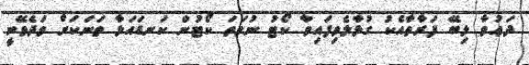
ދަޢުވާ ލިބޭ ފަރާތާއެކު ގުޅާލެވިފައިވާ ކޯޓު ނުވަތަ ކޯޓުން ކަނޑައަޅާ ތަނަކަށް ވަދެވޭނީ